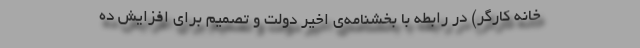
خانه‌ کارگر) در رابطه با بخشنامه‌ی اخیر دولت و تصمیم برای افزایش ده